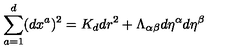
\sum _ { a = 1 } ^ { d } ( d x ^ { a } ) ^ { 2 } = K _ { d } d r ^ { 2 } + \Lambda _ { \alpha \beta } d \eta ^ { \alpha } d \eta ^ { \beta }